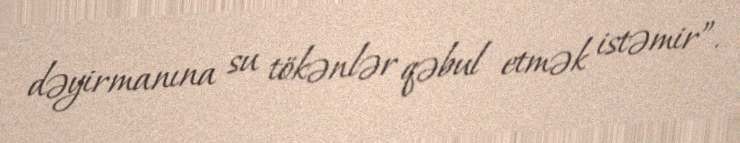
dəyirmanına su tökənlər qəbul etmək istəmir”.